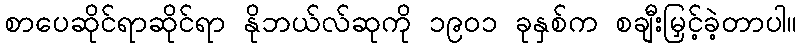
စာပေဆိုင်ရာဆိုင်ရာ နိုဘယ်လ်ဆုကို ၁၉၀၁ ခုနှစ်က စချီးမြှင့်ခဲ့တာပါ။